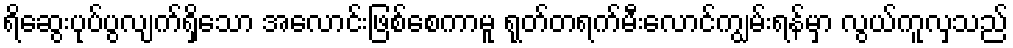
ရိဆွေးပုပ်ပွလျက်ရှိသော အလောင်းဖြစ်စေကာမူ ရုတ်တရက်မီးလောင်ကျွမ်းရန်မှာ လွယ်ကူလှသည်